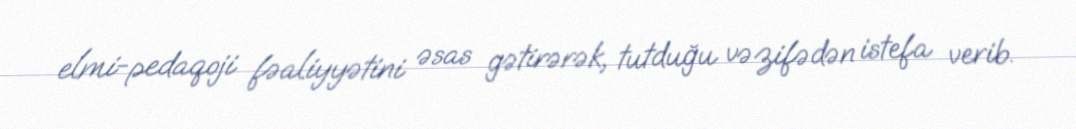
elmi-pedaqoji fəaliyyətini əsas gətirərək, tutduğu vəzifədən istefa verib.